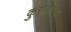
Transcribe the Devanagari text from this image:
कुराणांचा